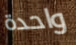
واحدة